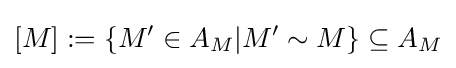
[M]:=\{M'\in A_{M}|M'\sim M\}\subseteq A_{M}